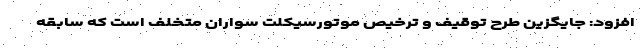
افزود: جایگزین طرح توقیف و ترخیص موتورسیکلت سواران متخلف است که سابقه